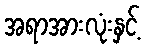
အရာအားလုံးနှင့်